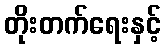
တိုးတက်ရေးနှင့်